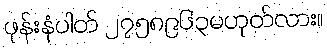
ဖုန်းနံပါတ် ၂၇၅၈၉၆၃မဟုတ်လား။